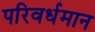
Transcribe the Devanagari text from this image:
परिवर्धमान